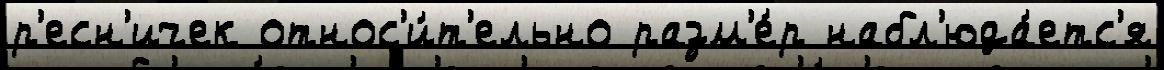
р'есн'ичек относ'и́т'ельно разм'е́р набл'юда́етс'я